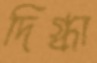
দিগ্ধা